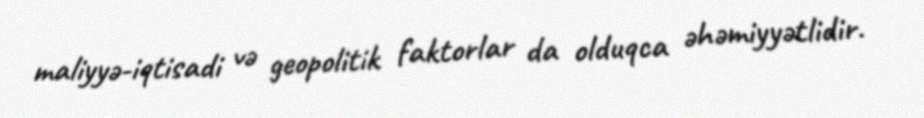
maliyyə-iqtisadi və geopolitik faktorlar da olduqca əhəmiyyətlidir.